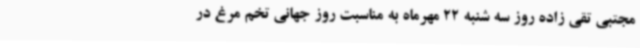
مجتبی تقی زاده روز سه شنبه 22 مهرماه به مناسبت روز جهانی تخم مرغ در